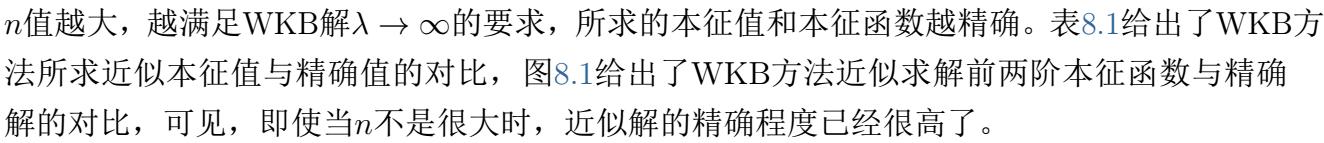
$n$值越大，越满足WKB解$\lambda \to \infty$的要求，所求的本征值和本征函数越精确。表8.1给出了WKB方法所求近似本征值与精确值的对比，图8.1给出了WKB方法近似求解前两阶本征函数与精确解的对比，可见，即使当$n$不是很大时，近似解的精确程度已经很高了。